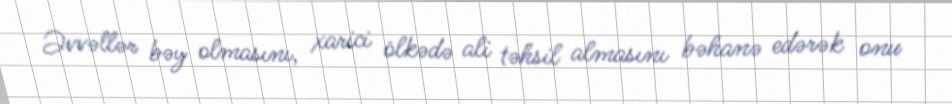
Əvvəllər bəy olmasını, xarici ölkədə ali təhsil almasını bəhanə edərək onu